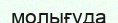
молығуда